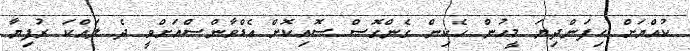
ކުއްޔަށް ހިފަންދިޔަ މީހުން ހެކިން ގެންގޮސް ސޮއިކޮށް އެޑްވާންސްއަށްވީ ދެ ލައްކަ ރުފިޔާ